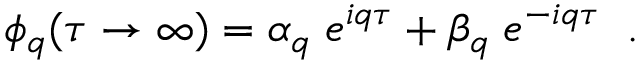
\phi _ { q } ( \tau \rightarrow \infty ) = \alpha _ { q } \; e ^ { i q \tau } + \beta _ { q } \; e ^ { - i q \tau } \; \; .